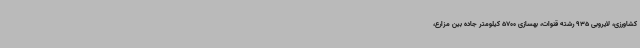
کشاورزی، لایروبی 935 رشته قنوات، بهسازی 5700 کیلومتر جاده بین مزارع،